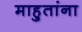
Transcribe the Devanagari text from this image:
माहुतांना